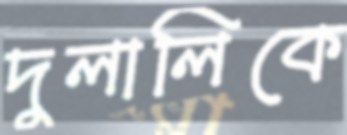
দুলালিকে